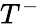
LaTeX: T^{-}